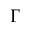
\Gamma